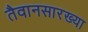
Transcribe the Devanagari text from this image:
तैवानसारख्या